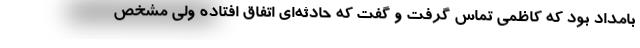
بامداد بود که کاظمی تماس گرفت و گفت که حادثه‌ای اتفاق افتاده ولی مشخص